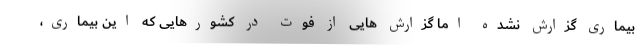
بیماری گزارش نشده اما گزارش هایی از فوت در کشورهایی که این بیماری،